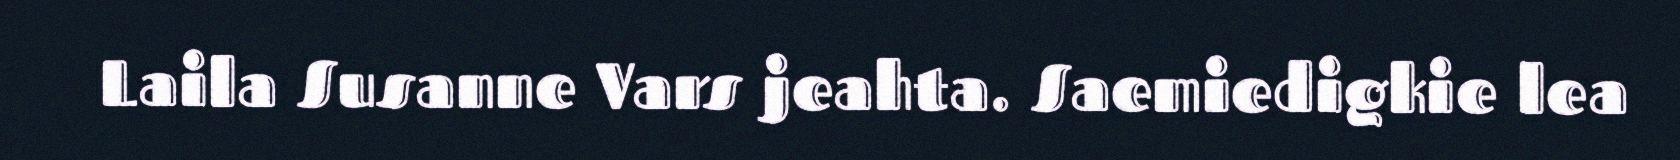
Laila Susanne Vars jeahta. Saemiedigkie lea